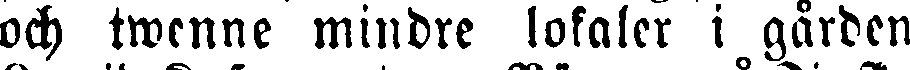
och twenne mindre lokaler i gården